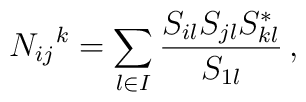
N_{ij}{}^k = \sum_{l\in I} \frac{S_{il} S_{jl} S_{kl}^*}{S_{1l}} \,,